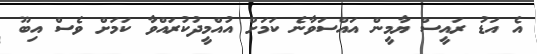
އެ އަޑު ރައީސް ޔާމީން އައްސަވާނެ ކަމަށް އުއްމީދުކުރައްވާ ކަމަށް ވެސް އިބޫ